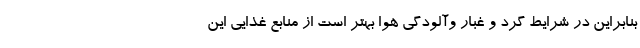
بنابراین در شرایط گرد و غبار وآلودگی هوا بهتر است از منابع غذایی این